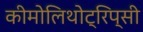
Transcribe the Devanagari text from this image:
कीमोलिथोट्रिप्सी